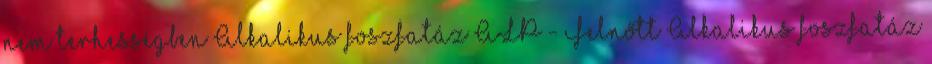
nem terhességben Alkalikus foszfatáz ALP - Felnőtt Alkalikus foszfatáz